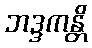
ဘဒ္ဒကန္တိ